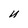
Character: U